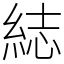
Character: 綕